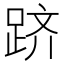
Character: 跻